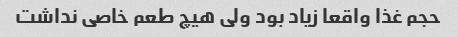
حجم غذا واقعا زیاد بود ولی هیچ طعم خاصی نداشت